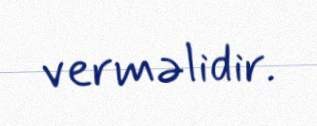
verməlidir.